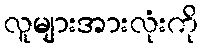
လူများအားလုံးကို